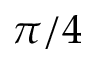
\pi / 4